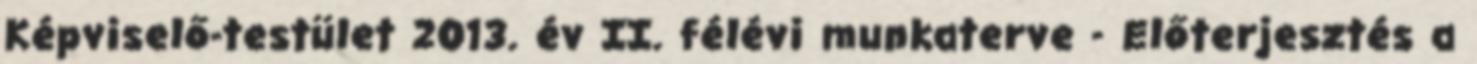
Képviselő-testület 2013. év II. félévi munkaterve - Előterjesztés a